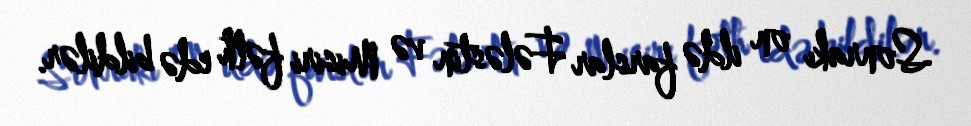
Sonrakı on ildə farslar Fələstin və Misiri fəth edə bildilər.